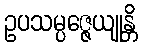
ဥပသမ္ပဇ္ဇေယျုန္တိ